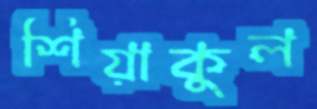
শিয়াকুল